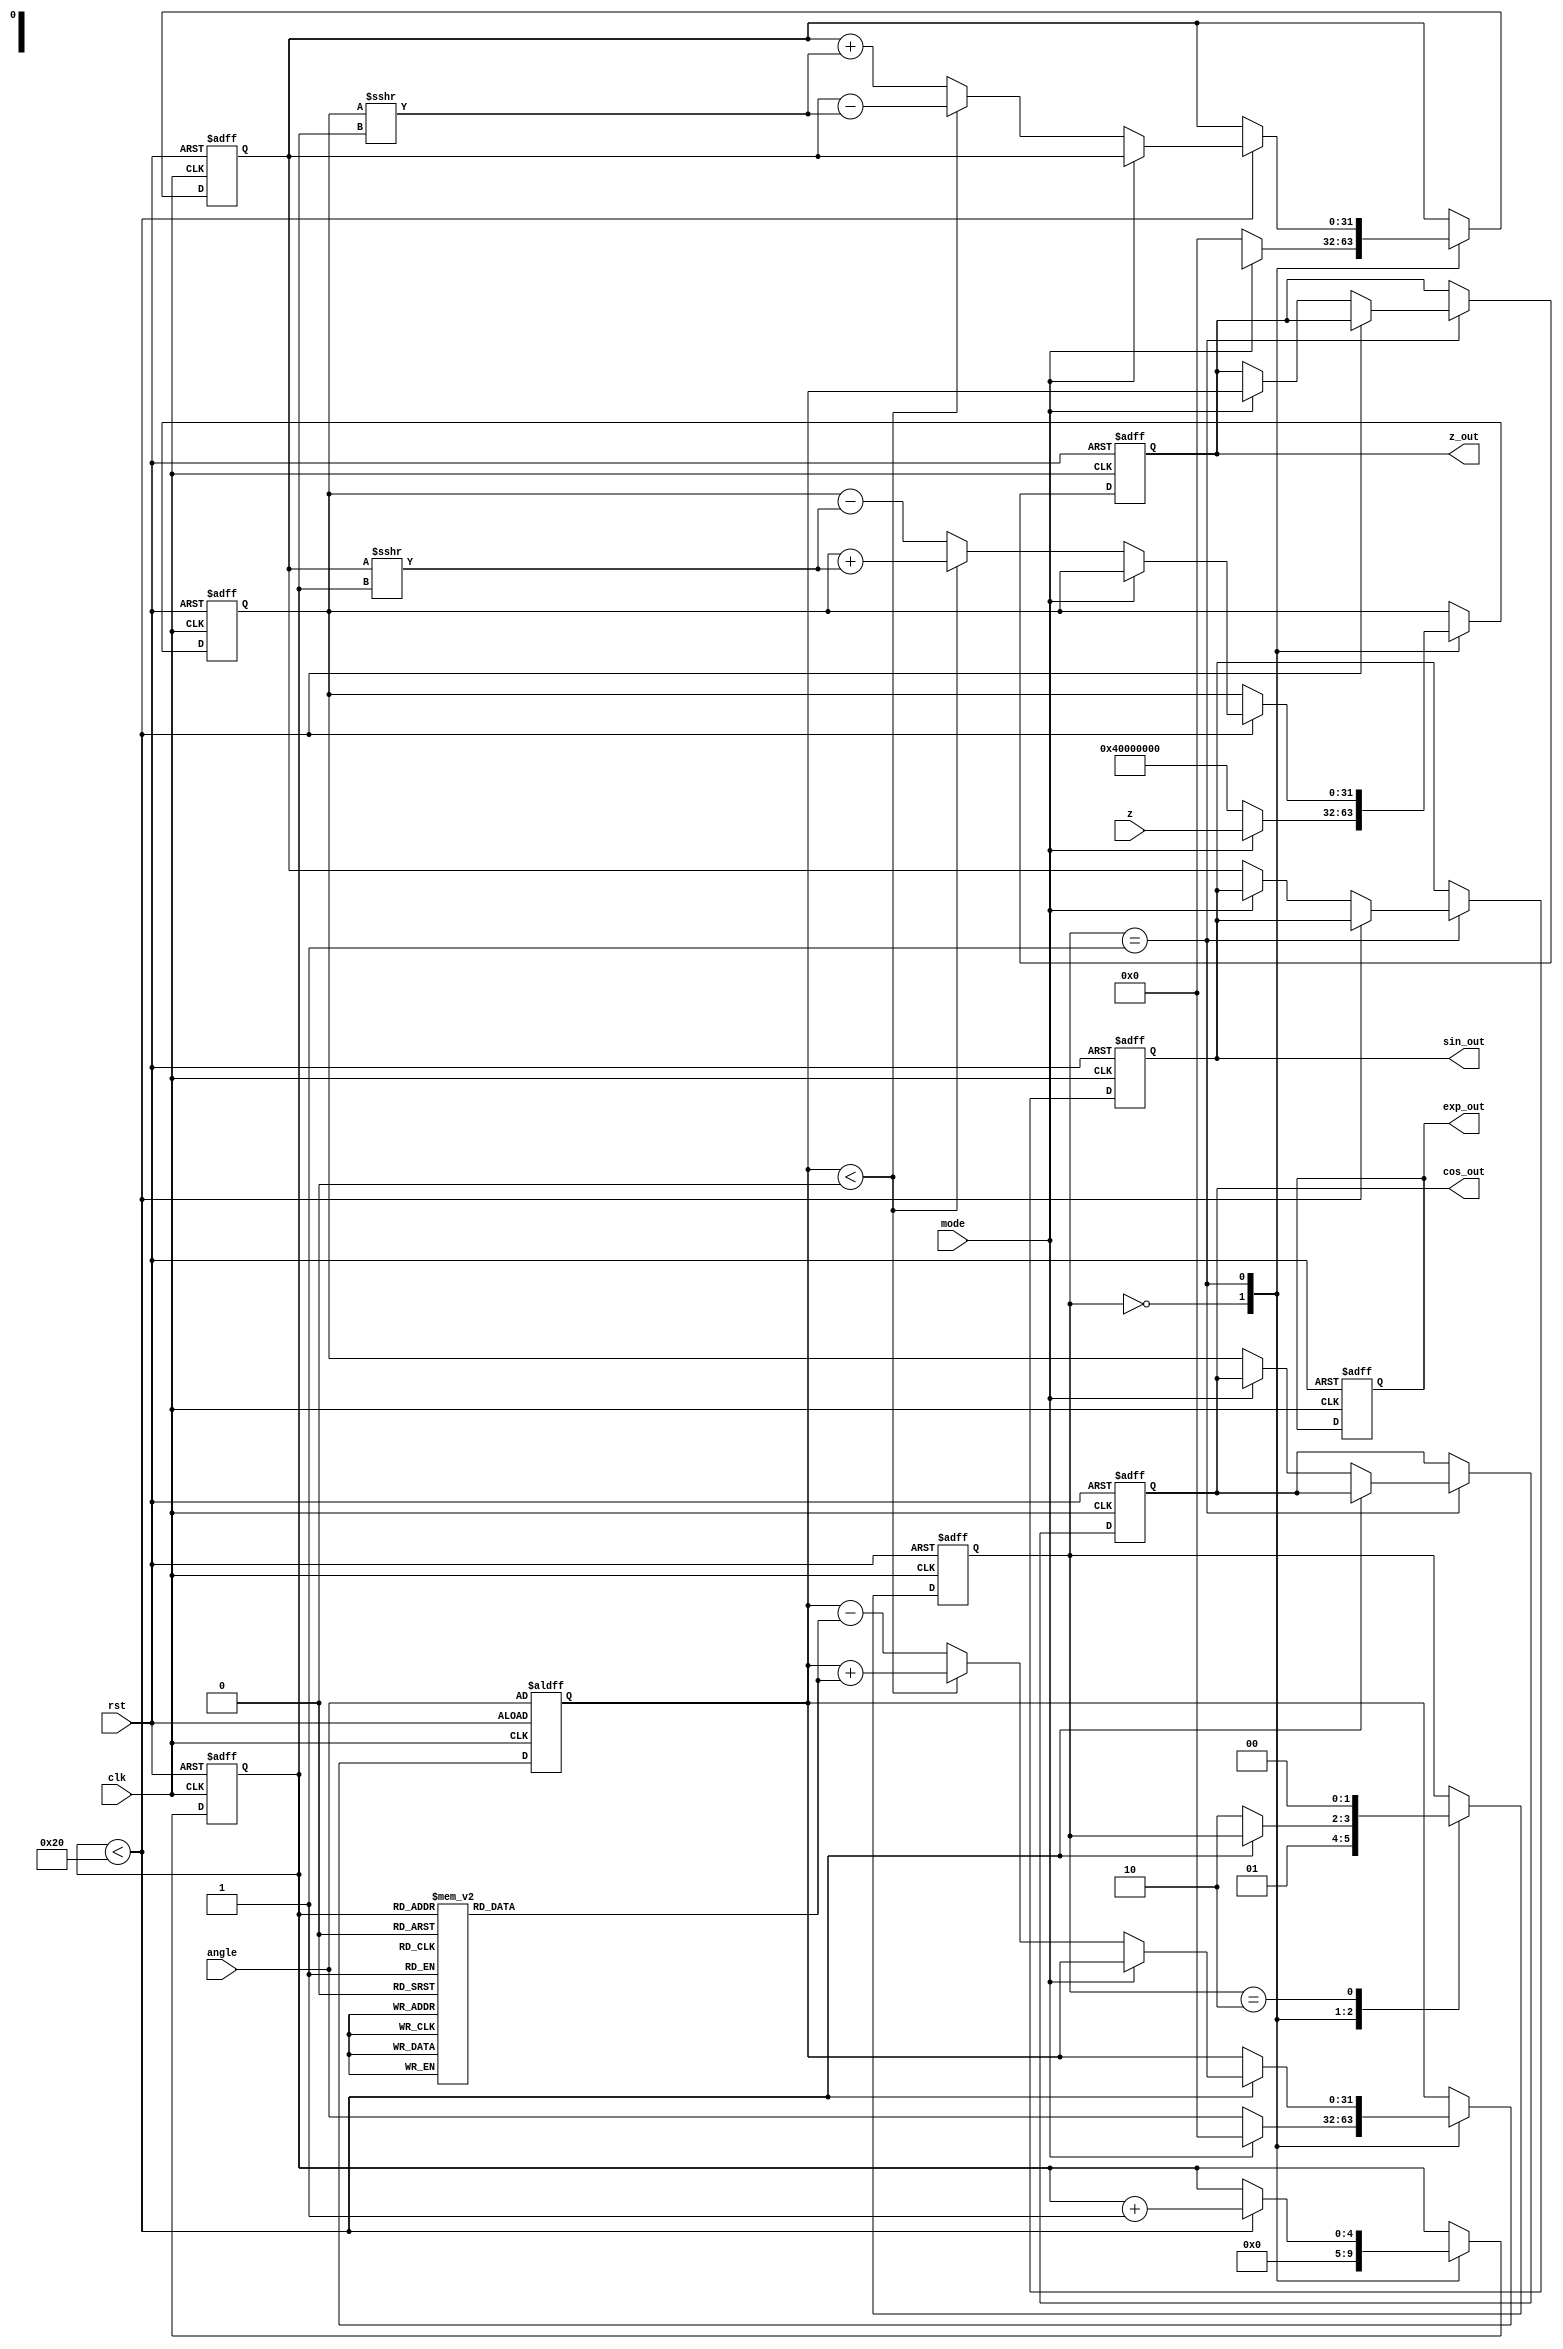
module floating_point_cordic (
    input wire [31:0] angle,   // Input angle in radians (IEEE 754)
    input wire [31:0] z,       // Input vector for vectoring mode (IEEE 754)
    input wire mode,           // Mode: 0 for rotation, 1 for vectoring
    input wire clk,            // Clock signal
    input wire rst,            // Reset signal
    output reg [31:0] sin_out, // Output sine value
    output reg [31:0] cos_out, // Output cosine value
    output reg [31:0] exp_out, // Output exponential value
    output reg [31:0] z_out     // Output vectoring result
);

    // Constants for CORDIC
    reg [31:0] atan_table [0:31]; // Lookup table for arctangents
    reg [31:0] K_table [0:31];     // Lookup table for CORDIC gain

    // Internal registers
    reg [31:0] x_reg, y_reg, z_reg;
    reg [4:0] iteration; // Number of iterations
    reg [1:0] state;     // State for FSM

    // Initialize CORDIC constants (atan_table and K_table)
    initial begin
        // Populate atan_table and K_table with pre-calculated values
        // Example values, should be replaced with actual CORDIC constants
        atan_table[0] = 32'h00000000; // atan(0) = 0
        atan_table[1] = 32'h3F19999A; // atan(1/2^1) = /4
        // ... Fill in remaining values
        K_table[0] = 32'h3F800000; // K[0] = 1.0
        // ... Fill in remaining values
    end

    // FSM for control logic
    always @(posedge clk or posedge rst) begin
        if (rst) begin
            // Reset state and registers
            sin_out <= 32'b0;
            cos_out <= 32'b0;
            exp_out <= 32'b0;
            z_out <= 32'b0;
            x_reg <= 32'h40000000; // Initial x = 1.0
            y_reg <= 32'b0;        // Initial y = 0.0
            z_reg <= angle;        // Load angle
            iteration <= 0;
            state <= 0;            // Initial state
        end else begin
            case (state)
                0: begin
                    // Initialization state
                    if (mode == 0) begin
                        // Rotation mode
                        // Initialize for rotation
                        x_reg <= 32'h40000000; // x = 1.0
                        y_reg <= 32'b0;        // y = 0.0
                        z_reg <= angle;        // Load angle
                        iteration <= 0;
                        state <= 1;           // Move to iteration state
                    end else begin
                        // Vectoring mode
                        // Initialize for vectoring
                        x_reg <= z[31:0]; // Load X
                        y_reg <= z[63:32]; // Load Y
                        z_reg <= 32'b0;    // Initialize z
                        iteration <= 0;
                        state <= 1;        // Move to iteration state
                    end
                end
                1: begin
                    // Iteration state
                    if (iteration < 32) begin
                        // Perform CORDIC rotation or vectoring
                        // Example logic for rotation mode
                        if (mode == 0) begin
                            // CORDIC rotation logic
                            if (z_reg < 0) begin
                                // Rotate in negative direction
                                x_reg <= x_reg + (y_reg >>> iteration);
                                y_reg <= y_reg - (x_reg >>> iteration);
                                z_reg <= z_reg + atan_table[iteration];
                            end else begin
                                // Rotate in positive direction
                                x_reg <= x_reg - (y_reg >>> iteration);
                                y_reg <= y_reg + (x_reg >>> iteration);
                                z_reg <= z_reg - atan_table[iteration];
                            end
                        end else begin
                            // CORDIC vectoring logic
                            // Similar logic for vectoring mode
                        end
                        iteration <= iteration + 1;
                    end else begin
                        // Finalize outputs after iterations
                        if (mode == 0) begin
                            // Rotation mode output
                            sin_out <= y_reg; // y value is sin
                            cos_out <= x_reg; // x value is cos
                        end else begin
                            // Vectoring mode output
                            z_out <= z_reg; // Angle result
                        end
                        state <= 2; // Move to output state
                    end
                end
                2: begin
                    // Output state
                    // Wait for next operation
                    state <= 0; // Go back to initialization
                end
            endcase
        end
    end

endmodule